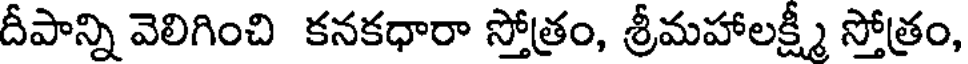
దీపాన్ని వెలిగించి కనకధారా స్తోత్రం, శ్రీమహాలక్ష్మీ స్తోత్రం,